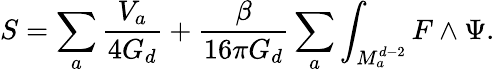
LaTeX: S=\sum_{a}\frac{V_{a}}{4G_{d}}+\frac{\beta}{16\pi G_{d}}\sum_{a}\int_{M_{a}^{d-2}}F\wedge\Psi.